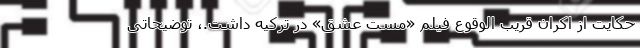
حکایت از اکران قریب الوقوع فیلم «مست عشق» در ترکیه داشت.، توضیحاتی